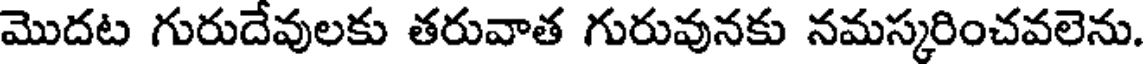
మొదట గురుదేవులకు తరువాత గురువునకు నమస్కరించవలెను.